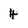
Character: 4